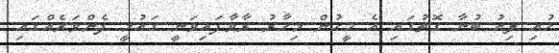
ހުއި ލިއު ބުނާ ގޮތުގައި އެ މީހުން މިހާރު ރާވާފައިވަނީ ގައުމީ ފެންވަރެއްގައި